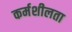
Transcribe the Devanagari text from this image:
कर्मशीलता